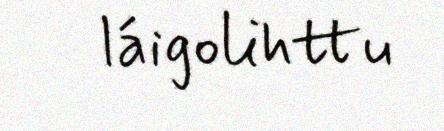
láigolihttu